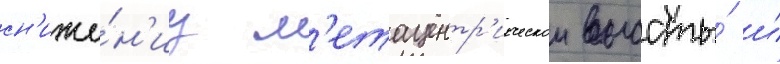
сн'иже́н'иу м'етацентр'ическои высоты́ и́